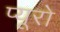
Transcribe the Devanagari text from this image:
प्यूरो